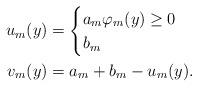
\begin{align*}u_{m}(y) &=\begin{cases}a_{m} \varphi_{m}(y) \geq 0 \\b_{m} \end{cases} \\v_{m}(y) &= a_{m} + b_{m} - u_{m}(y).\end{align*}